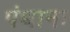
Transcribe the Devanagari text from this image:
पंथानः